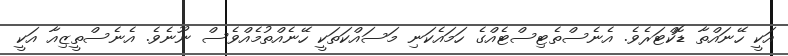
އަކީ ހޭނައްތާ ޑޮކްޓަރެވެ. އެނެސްތެޓިސްޓެއްގެ ހަމައެކަނި މަސައްކަތަކީ ހޭނެއްތުމެއްވެސް ނޫނެވެ. އެނެސްތީޒިއާ އަކީ